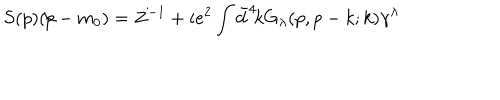
S ( p ) ( \! \not \! p - m _ { 0 } ) = Z ^ { - 1 } + i e ^ { 2 } \int \bar { d } ^ { 4 } \! k G _ { \lambda } ( p , p - k ; k ) \gamma ^ { \lambda }